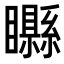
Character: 𥌭